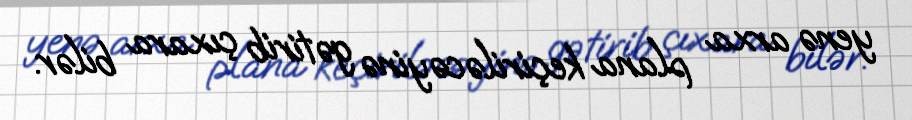
yenə arxa plana keçiriləcəyinə gətirib çıxara bilər.